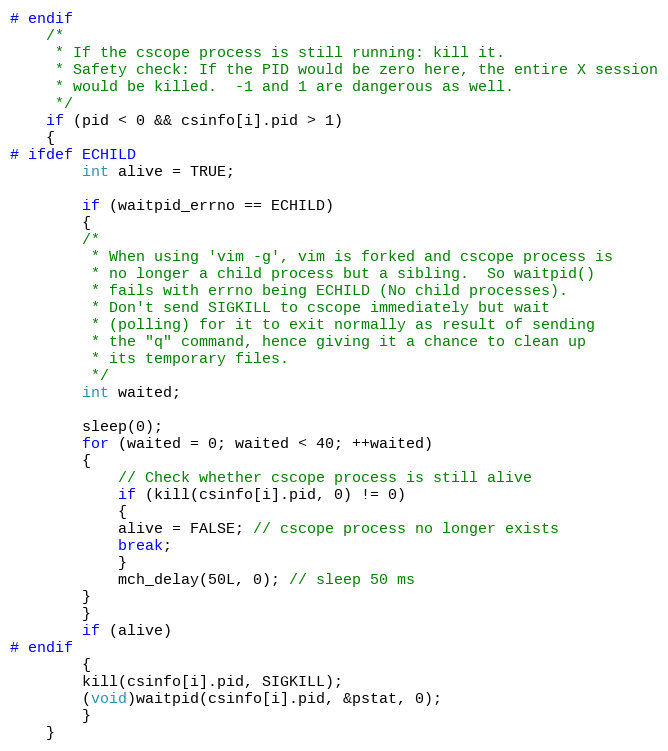
Language: C
# endif
	/*
	 * If the cscope process is still running: kill it.
	 * Safety check: If the PID would be zero here, the entire X session
	 * would be killed.  -1 and 1 are dangerous as well.
	 */
	if (pid < 0 && csinfo[i].pid > 1)
	{
# ifdef ECHILD
	    int alive = TRUE;

	    if (waitpid_errno == ECHILD)
	    {
		/*
		 * When using 'vim -g', vim is forked and cscope process is
		 * no longer a child process but a sibling.  So waitpid()
		 * fails with errno being ECHILD (No child processes).
		 * Don't send SIGKILL to cscope immediately but wait
		 * (polling) for it to exit normally as result of sending
		 * the "q" command, hence giving it a chance to clean up
		 * its temporary files.
		 */
		int waited;

		sleep(0);
		for (waited = 0; waited < 40; ++waited)
		{
		    // Check whether cscope process is still alive
		    if (kill(csinfo[i].pid, 0) != 0)
		    {
			alive = FALSE; // cscope process no longer exists
			break;
		    }
		    mch_delay(50L, 0); // sleep 50 ms
		}
	    }
	    if (alive)
# endif
	    {
		kill(csinfo[i].pid, SIGKILL);
		(void)waitpid(csinfo[i].pid, &pstat, 0);
	    }
	}